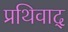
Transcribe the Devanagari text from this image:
प्रथिवाद्